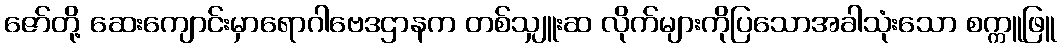
ဇော်တို့ ဆေးကျောင်းမှာရောဂါဗေဒဌာနက တစ်သျှူးဆ လိုက်များကိုပြသောအခါသုံးသော စက္ကူဖြူ